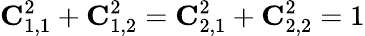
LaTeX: {\mathbf C}_{1,1}^{2}+{\mathbf C}_{1,2}^{2}={\mathbf C}_{2,1}^{2}+{\mathbf C}_{2,2}^{2}=1